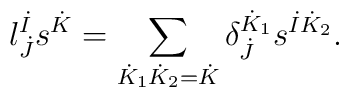
l^{\dot{I}}_{\dot{J}} s^{\dot{K}} =    \sum_{\dot{K}_1 \dot{K}_2 = \dot{K}} \delta^{\dot{K}_1}_{\dot{J}} s^{\dot{I} \dot{K}_2}.